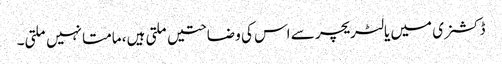
ڈکشنری میں یا لٹریچر سے اس کی وضاحتیں ملتی ہیں، مامتا نہیں ملتی۔